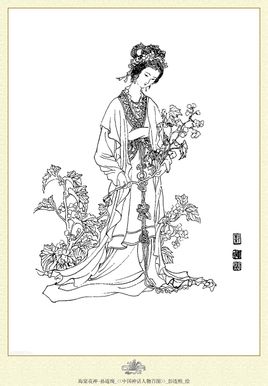
等闲老去年华促。只有江梅伴幽独。